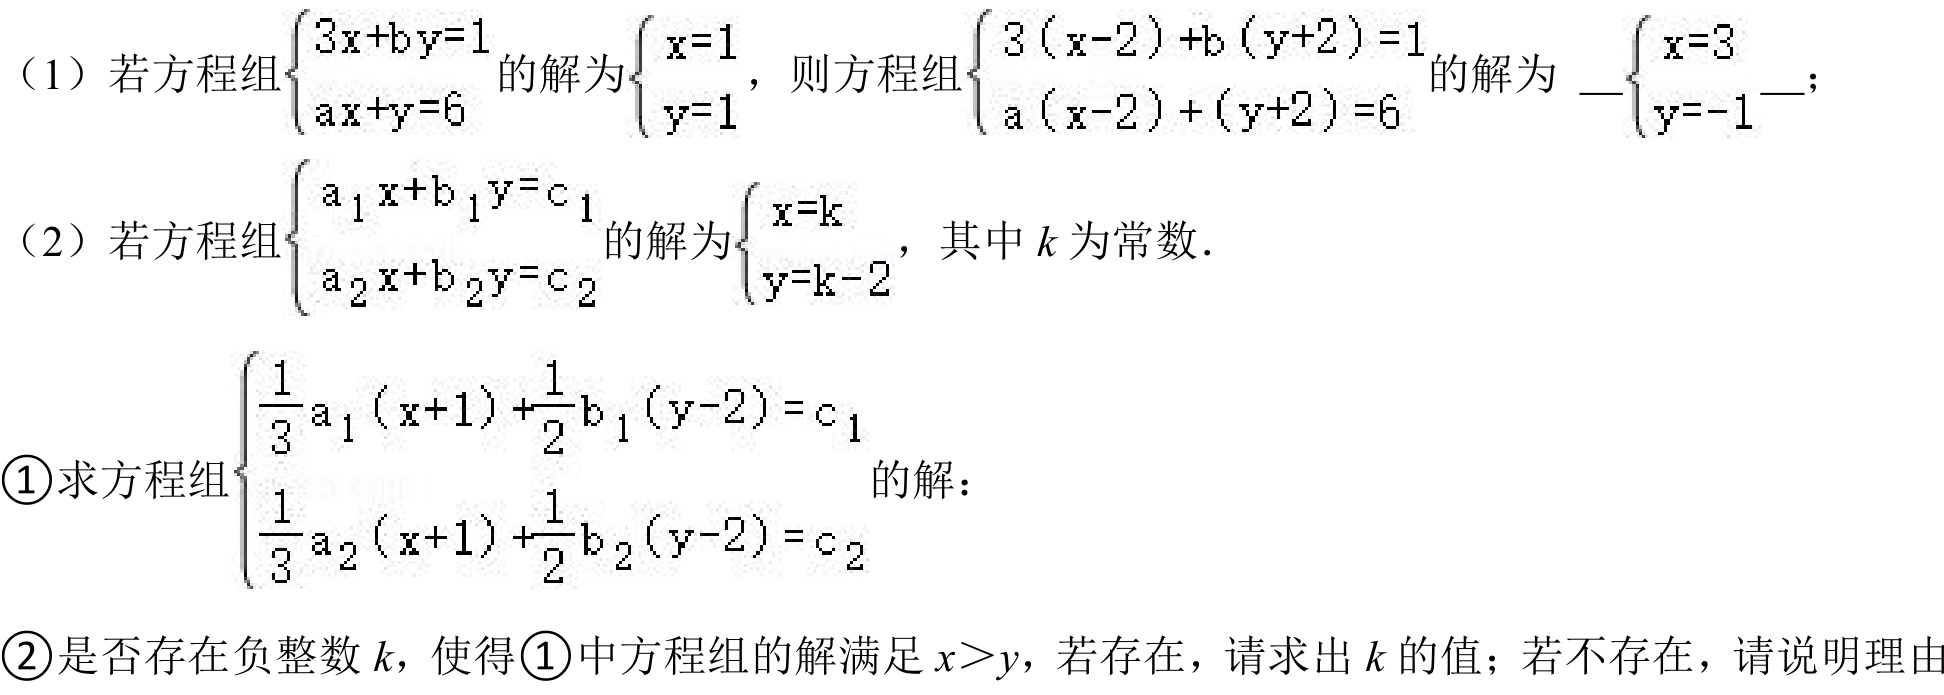
（1）若方程组\(\begin{cases}3x + by = 1\\ax + y = 6\end{cases}\)的解为\(\begin{cases}x = 1\\y = 1\end{cases}\)，则方程组\(\begin{cases}3(x - 2)+b(y + 2)=1\\a(x - 2)+(y + 2)=6\end{cases}\)的解为 \(\begin{cases}x = 3\\y = - 1\end{cases}\)；
（2）若方程组\(\begin{cases}a_{1}x + b_{1}y = c_{1}\\a_{2}x + b_{2}y = c_{2}\end{cases}\)的解为\(\begin{cases}x = k\\y = k - 2\end{cases}\)，其中\(k\)为常数．
\textcircled{1}求方程组\(\begin{cases}\dfrac{1}{3}a_{1}(x + 1)+\dfrac{1}{2}b_{1}(y - 2)=c_{1}\\\dfrac{1}{3}a_{2}(x + 1)+\dfrac{1}{2}b_{2}(y - 2)=c_{2}\end{cases}\)的解：
\textcircled{2}是否存在负整数\(k\)，使得\textcircled{1}中方程组的解满足\(x>y\)，若存在，请求出\(k\)的值；若不存在，请说明理由